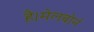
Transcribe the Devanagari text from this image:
है।मेलबोर्न